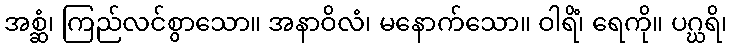
အစ္ဆံ၊ ကြည်လင်စွာသော။ အနာဝိလံ၊ မနောက်သော။ ဝါရိံ၊ ရေကို။ ပဂ္ဃရိ၊